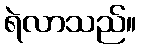
ရဲလာသည်။